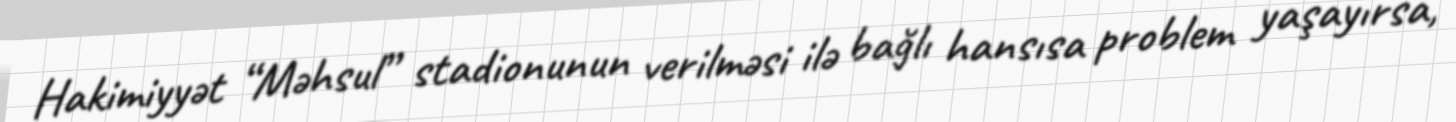
Hakimiyyət “Məhsul” stadionunun verilməsi ilə bağlı hansısa problem yaşayırsa,